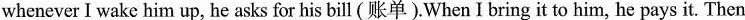
whenever I wake him up, he asks for his bill (账单).When I bring it to him, he pays it. Then